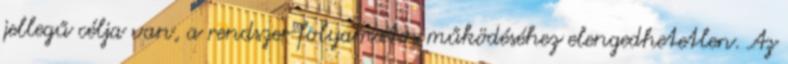
jellegű célja van, a rendszer folyamatos működéséhez elengedhetetlen. Az